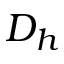
D _ { h }